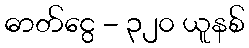
ဓာတ်ငွေ - ၃၂၀ ယူနစ်